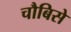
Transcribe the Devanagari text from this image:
चौबिसे